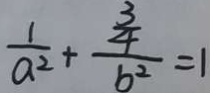
\frac { 1 } { a ^ { 2 } } + \frac { \frac { 3 } { 4 } } { b ^ { 2 } } = 1